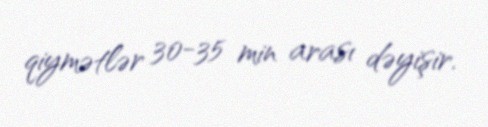
qiymətlər 30-35 min arası dəyişir.